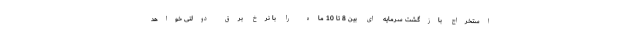
استخراج بازگشت سرمایه ای بین 8 تا 10 ماه را با نرخ برق دولتی خواهد